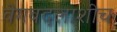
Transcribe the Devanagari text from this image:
वेगबदलाशीच